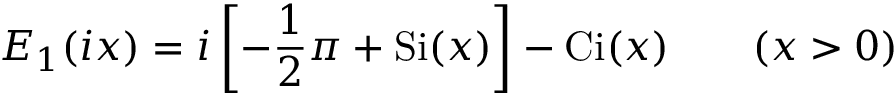
E _ { 1 } ( i x ) = i \left[ - { \frac { 1 } { 2 } } \pi + \operatorname { S i } ( x ) \right] - \operatorname { C i } ( x ) \qquad ( x > 0 )